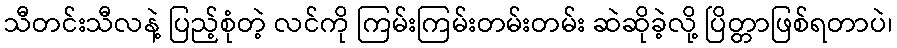
သီတင်းသီလနဲ့ ပြည့်စုံတဲ့ လင်ကို ကြမ်းကြမ်းတမ်းတမ်း ဆဲဆိုခဲ့လို့ ပြိတ္တာဖြစ်ရတာပဲ၊